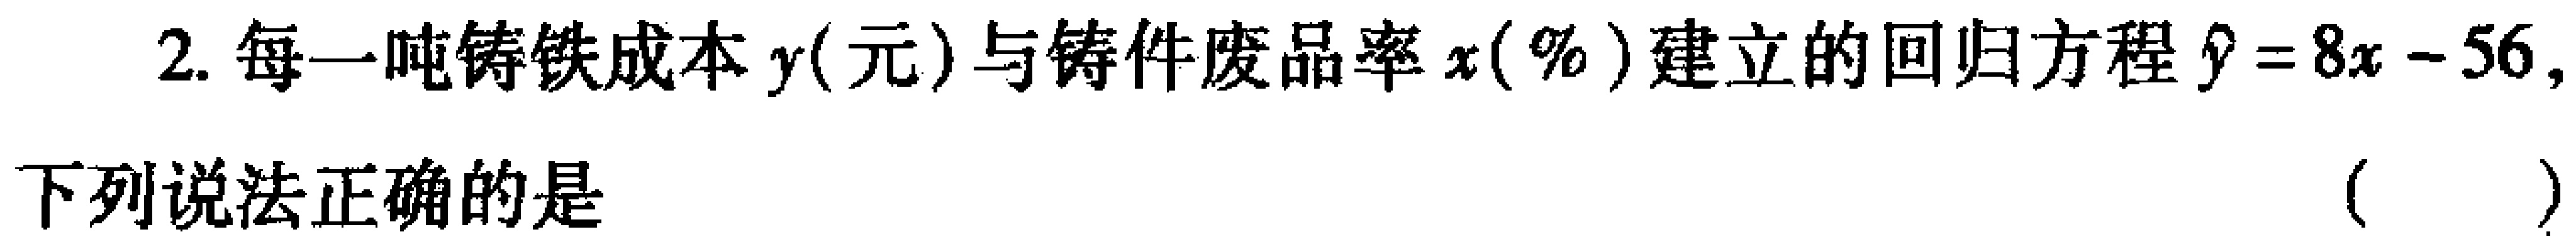
2. 每一吨铸铁成本\(y\)（元）与铸件废品率\(x(\%)\)建立的回归方程\(\hat{y} = 8x - 56\)，

下列说法正确的是 （  ）